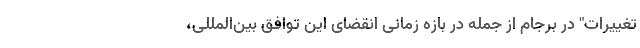
تغییرات" در برجام از جمله در بازه زمانی انقضای این توافق بین‌المللی،